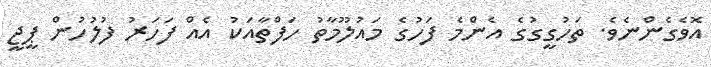
އޮވެގެންނެވެ. ތަހުގީގުގެ އެންމެ ފަހުގެ މައުލޫމާތު ހަފްތާއަކު އެއް ފަހަރު ފުލުހުން ޕީޖީ